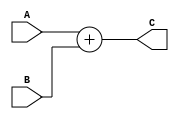
`timescale 1ns / 1ps
//////////////////////////////////////////////////////////////////////////////////
// Company: 
// Engineer: 
// 
// Design Name: 
// Module Name:    Add 
// Project Name: 
// Target Devices: 
// Tool versions: 
// Description: 
//
// Dependencies: 
//
// Revision: 
// Revision 0.01 - File Created
// Additional Comments: 
//
//////////////////////////////////////////////////////////////////////////////////
module Add(A, B, C);
	input wire [31:0] A, B;
	output [31:0] C;
	assign C = A + B;
endmodule